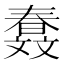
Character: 𣁤